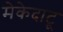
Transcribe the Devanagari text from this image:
मेकेदाटू